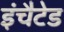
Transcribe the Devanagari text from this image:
इंचैटेड